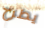
يطرح